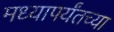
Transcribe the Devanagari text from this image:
मध्यापर्यंतच्या